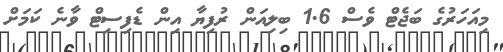
މިއަހަރުގެ ބަޖެޓް ވެސް 1.6 ބިލިއަން ރުފިޔާ އިން ޑެފިސިޓް ވާނެ ކަމަށް